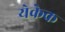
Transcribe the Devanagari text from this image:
येकेक